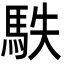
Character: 䭿